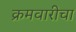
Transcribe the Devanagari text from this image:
क्रमवारीचा